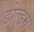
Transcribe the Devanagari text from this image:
डोल्ड्रम